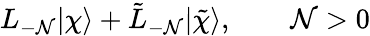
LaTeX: L_{-\mathcal{N}}|\chi\rangle+\tilde{{L}}_{-\mathcal{N}}|\tilde{{\chi}}\rangle,\qquad\mathcal{N}>0